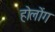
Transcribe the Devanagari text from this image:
होलोंग